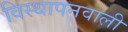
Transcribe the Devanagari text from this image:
विस्थापनवाली